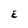
Character: E